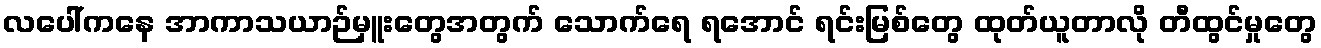
လပေါ်ကနေ အာကာသယာဉ်မှူးတွေအတွက် သောက်ရေ ရအောင် ရင်းမြစ်တွေ ထုတ်ယူတာလို တီထွင်မှုတွေ